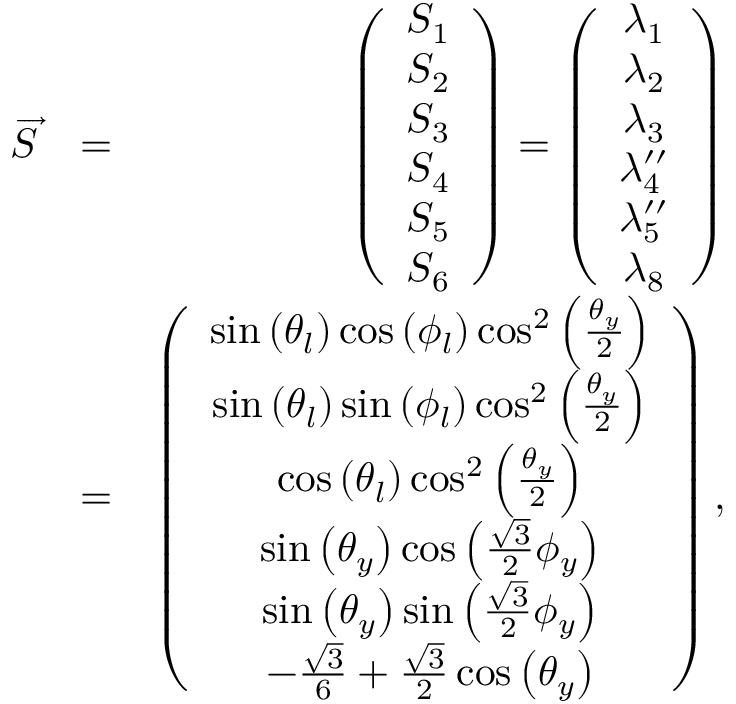
\begin{array} { r l r } { \overrightarrow { S } } & { = } & { \left( \begin{array} { c } { S _ { 1 } } \\ { S _ { 2 } } \\ { S _ { 3 } } \\ { S _ { 4 } } \\ { S _ { 5 } } \\ { S _ { 6 } } \end{array} \right) = \left( \begin{array} { c } { \lambda _ { 1 } } \\ { \lambda _ { 2 } } \\ { \lambda _ { 3 } } \\ { \lambda _ { 4 } ^ { \prime \prime } } \\ { \lambda _ { 5 } ^ { \prime \prime } } \\ { \lambda _ { 8 } } \end{array} \right) } \\ & { = } & { \left( \begin{array} { c } { \sin \left( \theta _ { l } \right) \cos \left( \phi _ { l } \right) \cos ^ { 2 } \left( \frac { \theta _ { y } } { 2 } \right) } \\ { \sin \left( \theta _ { l } \right) \sin \left( \phi _ { l } \right) \cos ^ { 2 } \left( \frac { \theta _ { y } } { 2 } \right) } \\ { \cos \left( \theta _ { l } \right) \cos ^ { 2 } \left( \frac { \theta _ { y } } { 2 } \right) } \\ { \sin \left( \theta _ { y } \right) \cos \left( \frac { \sqrt { 3 } } { 2 } \phi _ { y } \right) } \\ { \sin \left( \theta _ { y } \right) \sin \left( \frac { \sqrt { 3 } } { 2 } \phi _ { y } \right) } \\ { - \frac { \sqrt { 3 } } { 6 } + \frac { \sqrt { 3 } } { 2 } \cos \left( \theta _ { y } \right) } \end{array} \right) , } \end{array}